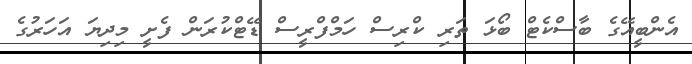
އެންބީއޭގެ ބާސްކެޓް ބޯޅަ ތަރި ކްރިސް ހަމްފްރީސް ޑޭޓްކުރަން ފެށީ މިދިޔަ އަހަރުގެ